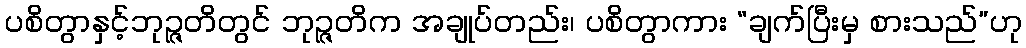
ပစိတွာနှင့်ဘုဉ္ဇတိတွင် ဘုဉ္ဇတိက အချုပ်တည်း၊ ပစိတွာကား “ချက်ပြီးမှ စားသည်”ဟု